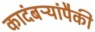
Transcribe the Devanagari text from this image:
कादंबऱ्यांपैकी